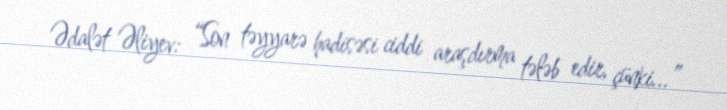
Ədalət Əliyev: “Son təyyarə hadisəsi ciddi araşdırma tələb edir, çünki...”